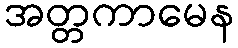
အတ္တကာမေန